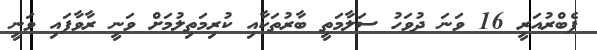
ފެބްރުއަރީ 16 ވަނަ ދުވަހު ސަލާމަތީ ބާރުތަކާއި ކުރިމަތިލުމަށް ވަނީ ރާވާފައި ވަނީ